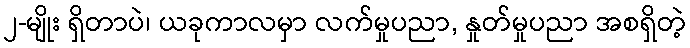
၂-မျိုး ရှိတာပဲ၊ ယခုကာလမှာ လက်မှုပညာ, နှုတ်မှုပညာ အစရှိတဲ့